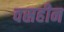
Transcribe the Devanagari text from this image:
वस्रहीन